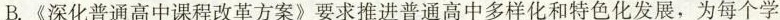
B. 《深化普通高中课程改革方案》要求推进普通高中多样化和特色化发展，为每个学